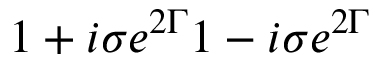
{ { 1 + i \sigma e ^ { 2 \Gamma } } \o { 1 - i \sigma e ^ { 2 \Gamma } } }